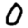
Digit: 0